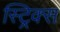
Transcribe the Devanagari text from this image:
स्ट्रिक्स